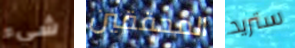
شيء المحققين ستريد